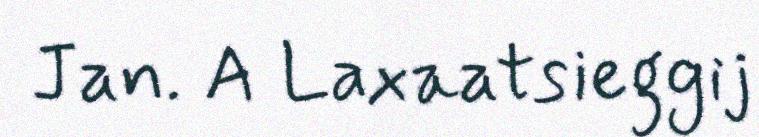
Jan. A Laxaatsieggij